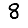
Digit: 8